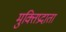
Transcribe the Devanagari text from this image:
मुक्तिप्रदाता